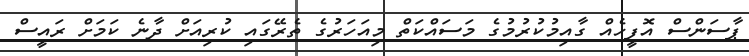
ޕާސަންސް އޮފީހެއް ގާއިމުކުރުމުގެ މަސައްކަތް މިއަހަރުގެ ތެރޭގައި ކުރިއަށް ދާނެ ކަމަށް ރައީސް